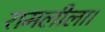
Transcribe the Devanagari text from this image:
रामलीला।